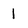
Character: 1